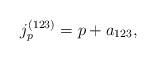
LaTeX: \begin{align*}j_p^{(123)} = p + a_{123},\end{align*}